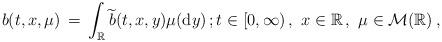
LaTeX: \begin{align*} b(t, x, \mu) \, =\, \int_{\mathbb R} \widetilde{b}(t, x, y) \mu({\mathrm d} y) \, ; t \in [0, \infty) \, , \, \, x \in \mathbb R \, , \, \, \mu \in \mathcal M (\mathbb R) \, , \end{align*}